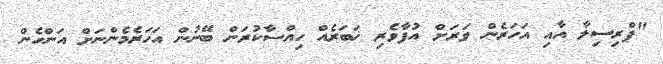
"ޕްރިސިލާ އާއި އަހަރެން ވަރަށް އުފާވެރި ޚަބަރެއް ހިއްސާކުރަން ބޭނުން އަހަރެމެންނަށް އަންހެން